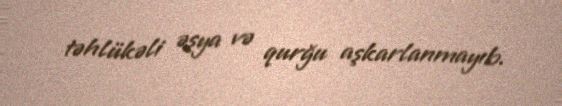
təhlükəli əşya və qurğu aşkarlanmayıb.